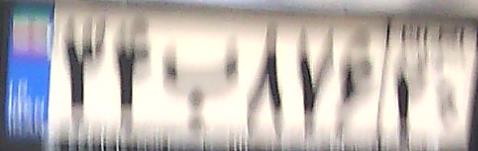
۳۴ب۸۷۶۲۰